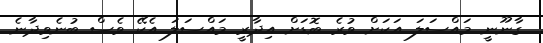
ގާނޫނީ މައްސަލަ އަކަށް ވުރެ ބޮޑަށް އިދާރީ މައްސަލަ އެކޭ ވެސް ބުނެވިދާނެ